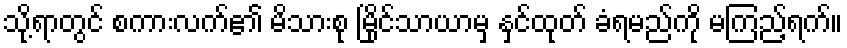
သို့ရာတွင် စကားလက်၏ မိသားစု မြိုင်သာယာမှ နှင်ထုတ် ခံရမည်ကို မကြည့်ရက်။